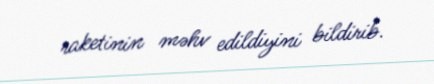
raketinin məhv edildiyini bildirib.